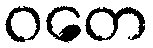
ဝတေ